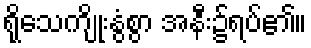
ရိုသေကျိုးနွံစွာ အနီး၌ရပ်၏။